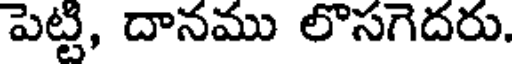
పెట్టి, దానము లొసగెదరు.